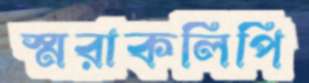
স্মরাকলিপি